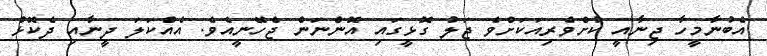
އެބުނާމީހާ ޖިނާއީ ކުށްވެރިއަކަށްވެ ޖަލު ގޮޅީގައި އޮންނަން ޖެހޭނީއެވެ. އެއްކަލަ ދީނާއި ދެކޮޅު